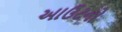
આઉટનો